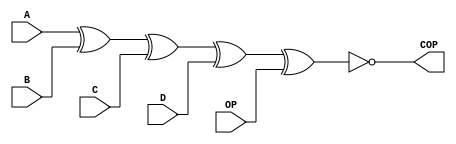
/* module odd_parity_checker
*
*  Purpose: Checks inputs for odd parity value, and outputs 0 when matching
*
*  Input: A,B,C,D
*  Output: OPC
*  Student: Jonathan Boryla
*		    
*/
module odd_parity_checker (A,B,C,D,OP,COP); //Module and port list

	input wire A,B,C,D,OP;	//Inputs
	output wire COP;			//Outputs

	assign COP = ~(A^B^C^D^OP);	//Assigns the XNOR of A,B,C,D,OP to COP. COP will be 0 when parity is odd.

endmodule